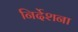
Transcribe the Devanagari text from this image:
निर्देशना